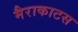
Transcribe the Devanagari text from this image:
मैराकाटस